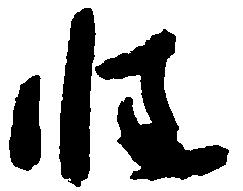
慥